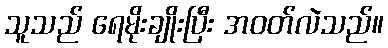
သူသည် ရေမိုးချိုးပြီး အဝတ်လဲသည်။